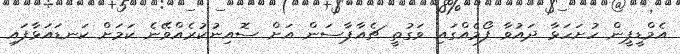
އެމްޑީޕީން ހުށަހަޅާ ދައުވާ ފޯމެއްގައި ވަގުތީ ޗެއާޕާސަން އަށް ސޮއިނުކުރެއްވޭނެ ކަމަށް ކަނޑައަޅާފައި